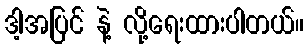
ဒါ့အပြင် နဲ့ လို့ရေးထားပါတယ်။